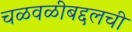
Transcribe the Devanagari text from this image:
चळवळीबद्दलची